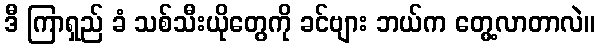
ဒီ ကြာရှည် ခံ သစ်သီးယိုတွေကို ခင်ဗျား ဘယ်က တွေ့လာတာလဲ။